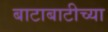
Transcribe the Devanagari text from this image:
बाटाबाटीच्या